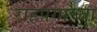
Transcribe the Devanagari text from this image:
राहपगाच्या